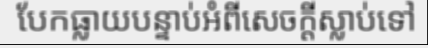
បែកធ្លាយបន្ទាប់អំពីសេចក្តីស្លាប់ទៅ